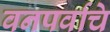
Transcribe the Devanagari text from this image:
वनपर्वाचे